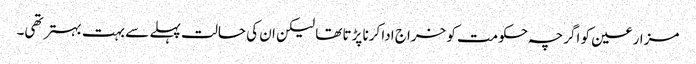
مزارعین کو اگرچہ حکومت کو خراج ادا کرنا پڑتا تھا لیکن ان کی حالت پہلے سے بہت بہتر تھی۔